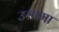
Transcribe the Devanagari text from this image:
उसामा